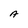
Character: A